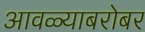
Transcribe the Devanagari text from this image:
आवळ्याबरोबर